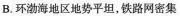
B. 环渤海地区地势平坦，铁路网密集